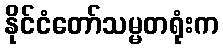
နိုင်ငံတော်သမ္မတရုံးက